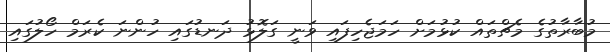
މުބާރާތުގެ މެޗްތައް ކުޅުމަށް ހަމަޖެހިފައި ވަނީ ގަލޮޅު ދަނޑުގައި ހުންނަ ކެރަމް ހޯލުގައި